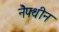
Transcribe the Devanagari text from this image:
नैफ्थीन